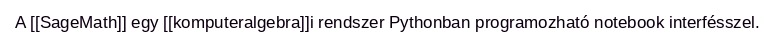
A [[SageMath]] egy [[komputeralgebra]]i rendszer Pythonban programozható notebook interfésszel.